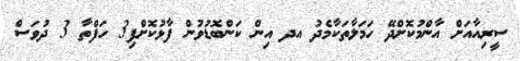
ސީރިއާއަށް އާންމުކޮށްދޭ ހަމަލާތަކާމެދު އދ އިން ކަންބޮޑުވުން ފާޅުކޮށްފި3 ހަފްތާ 3 ދުވަސް